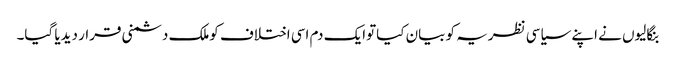
بنگالیوں نے اپنے سیاسی نظریہ کو بیان کیاتوایک دم اسی اختلاف کوملک دشمنی قرار دیدیا گیا۔